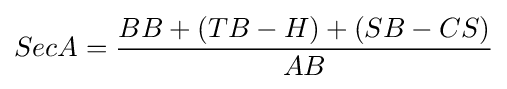
SecA={\frac {BB+(TB-H)+(SB-CS)}{AB}}